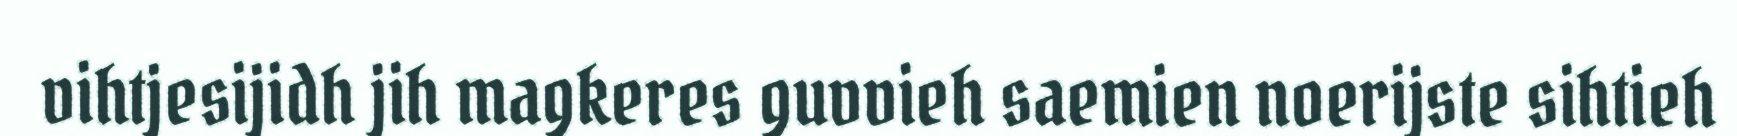
vihtjesijidh jih magkeres guvvieh saemien noerijste sihtieh